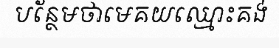
បន្ថែមថាមេគយឈ្មោះគង់